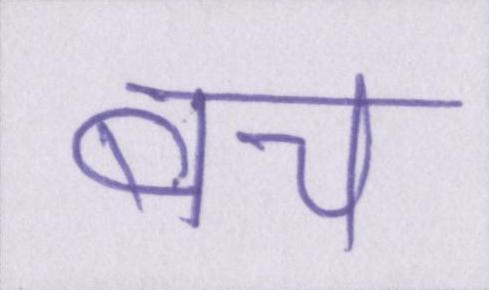
बच